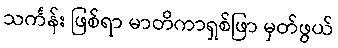
သင်္ကန်း ဖြစ်ရာ မာတိကာရှစ်ဖြာ မှတ်ဖွယ်